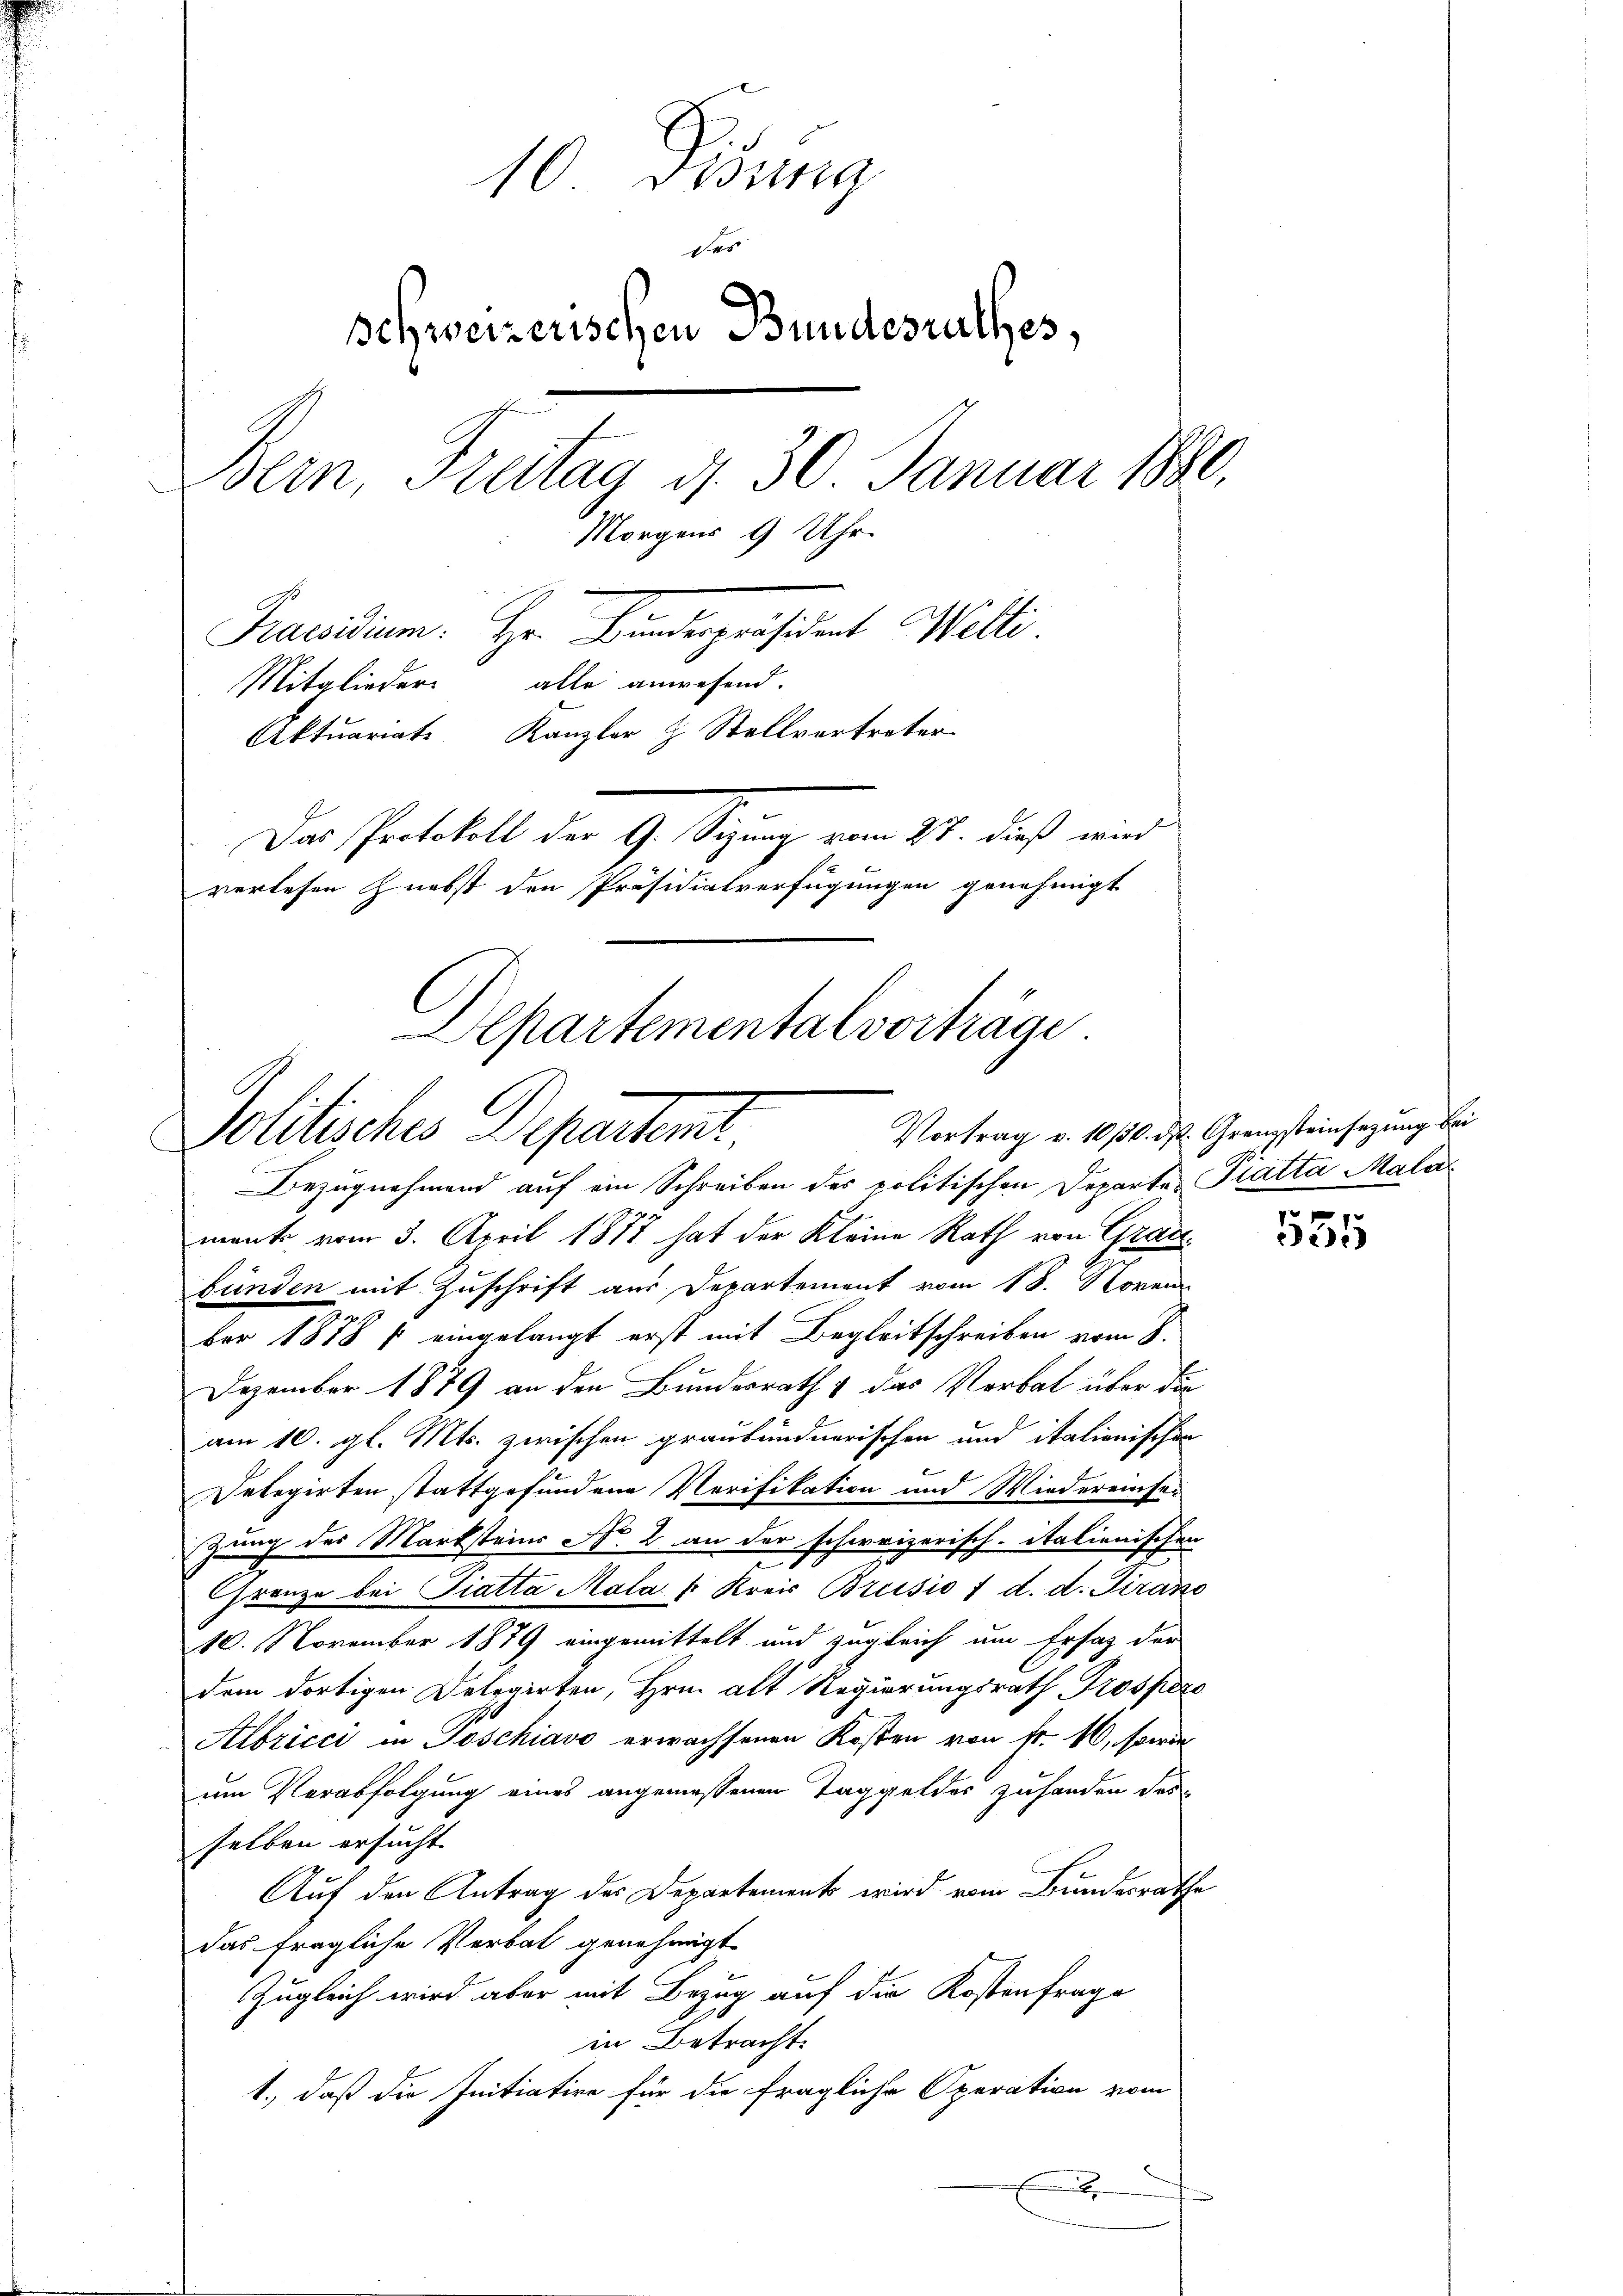
10 Didung
des
schweizerischen Bundesrathes,
Bern, Freitag d. 30. Januar 1880.
Morgens 9 Uhr.
Praesidium. Hr. Binderpräsident Welti.
Mitglieder alle anwesend.
Aktuariats Kanzler H. Stellvertreter
Das Protokoll der G. Sizung vom 24. dieß wird
verlesen nebst den Präsidialverfügungen genehmigt
Departemental vorträge

Politisches Departent

Vortrag v. 10/30. d.

Bezugnehmend auf ein Schreiben des politischen Departe Platta Mala
mente vom 3. April 1877 hat der Kleine Rath von Graubünden mit Zuschrift aus Departement vom 18. Novem
ber 1878 / eingelangt erst mit Begleitschreiben vom 8.
Dezember 1879 an den Bundesrath & das Verbal über die
am 10. gl. Mts. zwischen graubündnerischen und italienischen
Delegirten stattgefundene Verifikation und Wiedereinse-
zung des Marksteins No. 2 an der schweizerisch-Italienischen
Grenze bei Fiatta Mala Kreis Brusio t d. d. Piran
10. November 1879 eingemittelt und zugleich um Ersatz der
dem dortigen Delegirten, Hrn. alt Regierungsrath Prosper
Albricii in Poschiavo erwachsenen Kosten von Fr. 10, sowie
um Verabfolgung eines angemessenen Taggeldes zuhanden des
selben ersucht.
Auf den Antrag des Departements wird vom Bundesrathe
das fragliche Verbat genehmigt.
Zugleich wird aber mit Bezug auf die Kostenfrage
in Betracht.
1., daß die Initiative für die fragliche Operation vom
x

2. Grenzsteinsezung bei

555